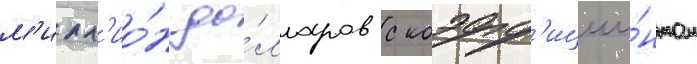
м'илл'ио́н до́лларов с коэфф'ицие́нтом